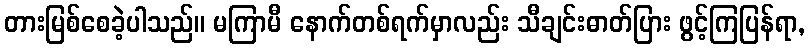
တားမြစ်စေခဲ့ပါသည်။ မကြာမီ နောက်တစ်ရက်မှာလည်း သီချင်းဓာတ်ပြား ဖွင့်ကြပြန်ရာ,